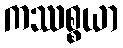
ကဿစ္စယာ